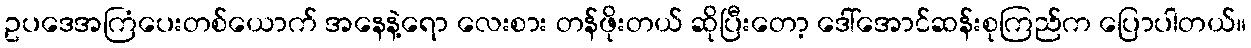
ဥပဒေအကြံပေးတစ်ယောက် အနေနဲ့ရော လေးစား တန်ဖိုးတယ် ဆိုပြီးတော့ ဒေါ်အောင်ဆန်းစုကြည်က ပြောပါတယ်။